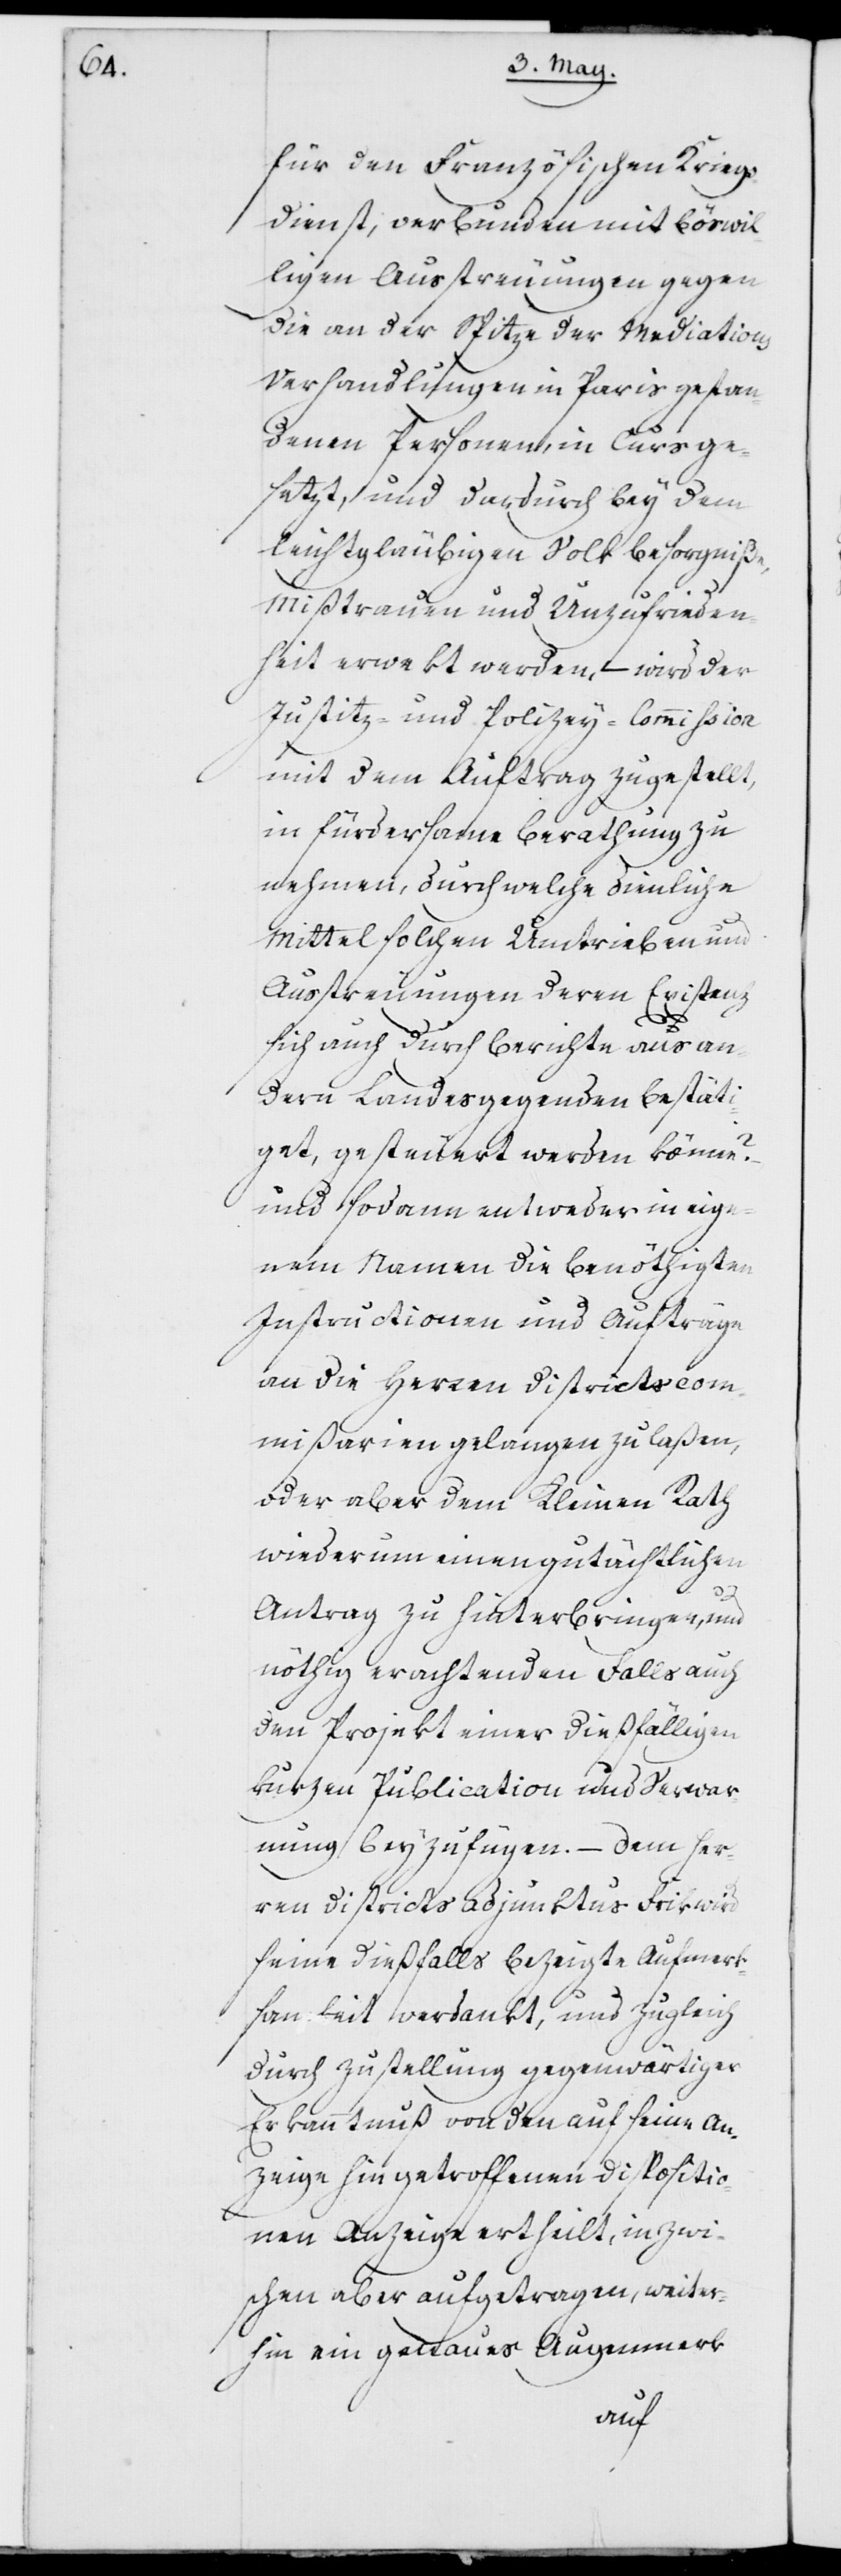
für den Französischen Kriegs¬
dienst, verbunden mit böswil¬
ligen Ausstreuungen gegen
die an der Spitze der Mediation¬
s-Verhandlungen in Paris gestan¬
denen Personen, in Curs ge¬
setzt, und dardurch bey dem
leichtgläubigen Volk Besorgniße,
Mißtrauen und Unzufrieden¬
heit erwekt werden, – wird der
Justitz- und Polizey-Commißion
mit dem Auftrag zugestellt,
in fürdersame Berathung zu
nehmen, durch welche dienliche
Mittel solchen Umtrieben und
Ausstreuungen, deren Existenz
sich auch durch Berichte aus an¬
dern Landesgegenden bestäti¬
get, gesteuert werden könne?
und sodann entweder in eig¬
nem Namen die benöthigten
Instructionen und Aufträge
an die Herren Districtscom¬
mißarien gelangen zu laßen,
oder aber dem Kleinen Rath
wiederum einen gutächtlichen
Antrag zu hinterbringen, und
nöthig erachtenden Falls auch
den Projekt einer dießfälligen
kurzen Publication und Verwar¬
nung beyzufügen. – Dem Her¬
ren Districts-Adjunktus Frik wird
seine dießfalls bezeigte Aufmerk¬
samkeit verdankt, und zugleich
durch Zustellung gegenwärtiger
Erkanntnuß von den auf seine An¬
zeige hin getroffenen Dispositio¬
nen Anzeige ertheilt, inzwi¬
schen aber aufgetragen, weiter¬
hin ein genaues Augenmerk